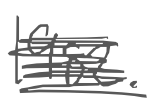
Text: 1982.
Cross-out: mix
Writing tool: digital_gray